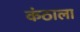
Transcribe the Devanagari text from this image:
कंठाला